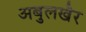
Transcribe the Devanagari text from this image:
अबुलखैर